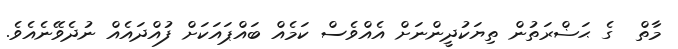
މާތް  ގެ ޙަޟްރަތުން ތިޔަކުދީންނަށް އެއްވެސް ކަމެއް ބައްޕައަކަށް ފުއްދައެއް ނުދެވޭނެއެވެ.